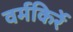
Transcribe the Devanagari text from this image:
वर्मकिर्रे